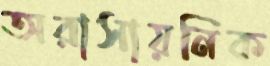
অরাসায়নিক